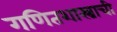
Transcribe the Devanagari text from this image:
गणितशास्त्राची